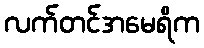
လက်တင်အမေရိက